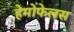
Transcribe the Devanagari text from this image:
हेमोफेलस